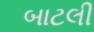
બાટલી